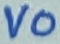
Text: VO